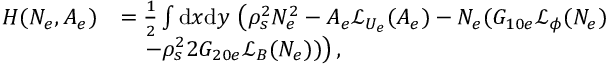
\begin{array} { r l } { H ( N _ { e } , A _ { e } ) } & { = \frac { 1 } { 2 } \int \mathrm { d } x \mathrm { d } y \, \left( \rho _ { s } ^ { 2 } N _ { e } ^ { 2 } - A _ { e } \mathcal { L } _ { U _ { e } } ( A _ { e } ) - N _ { e } ( G _ { 1 0 e } \mathcal { L } _ { \phi } ( N _ { e } ) \right. } \\ & { ~ ~ ~ \left. - \rho _ { s } ^ { 2 } 2 G _ { 2 0 e } \mathcal { L } _ { B } ( N _ { e } ) ) \right) , } \end{array}